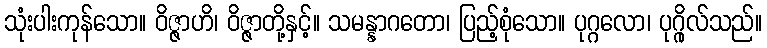
သုံးပါးကုန်သော။ ဝိဇ္ဇာဟိ၊ ဝိဇ္ဇာတို့နှင့်။ သမန္နာဂတော၊ ပြည့်စုံသော။ ပုဂ္ဂလော၊ ပုဂ္ဂိုလ်သည်။